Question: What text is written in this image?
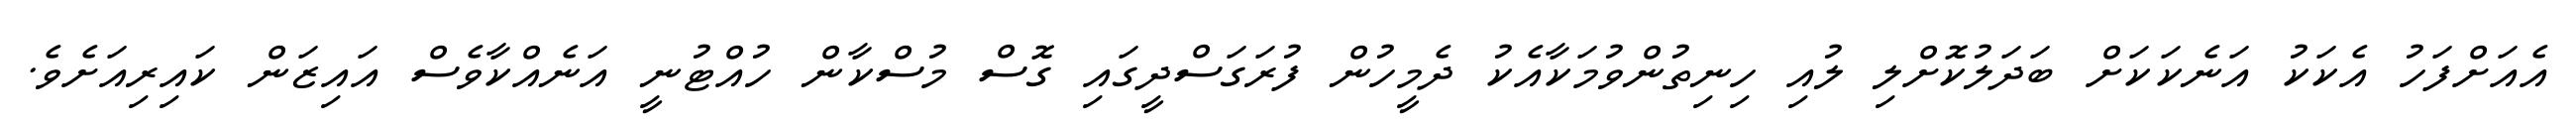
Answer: އެއަށްފަހު އެކަކު އަނެކަކަށް ބަދަލުކޮށްލި ލުއި ހިނިތުންވުމަކާއެކު ދެމީހުން ފުރަގަސްދީގައި ގޮސް މުސްކާން ހުއްޓުނީ އަނެއްކާވެސް އައިޒަން ކައިރިއަށެވެ.